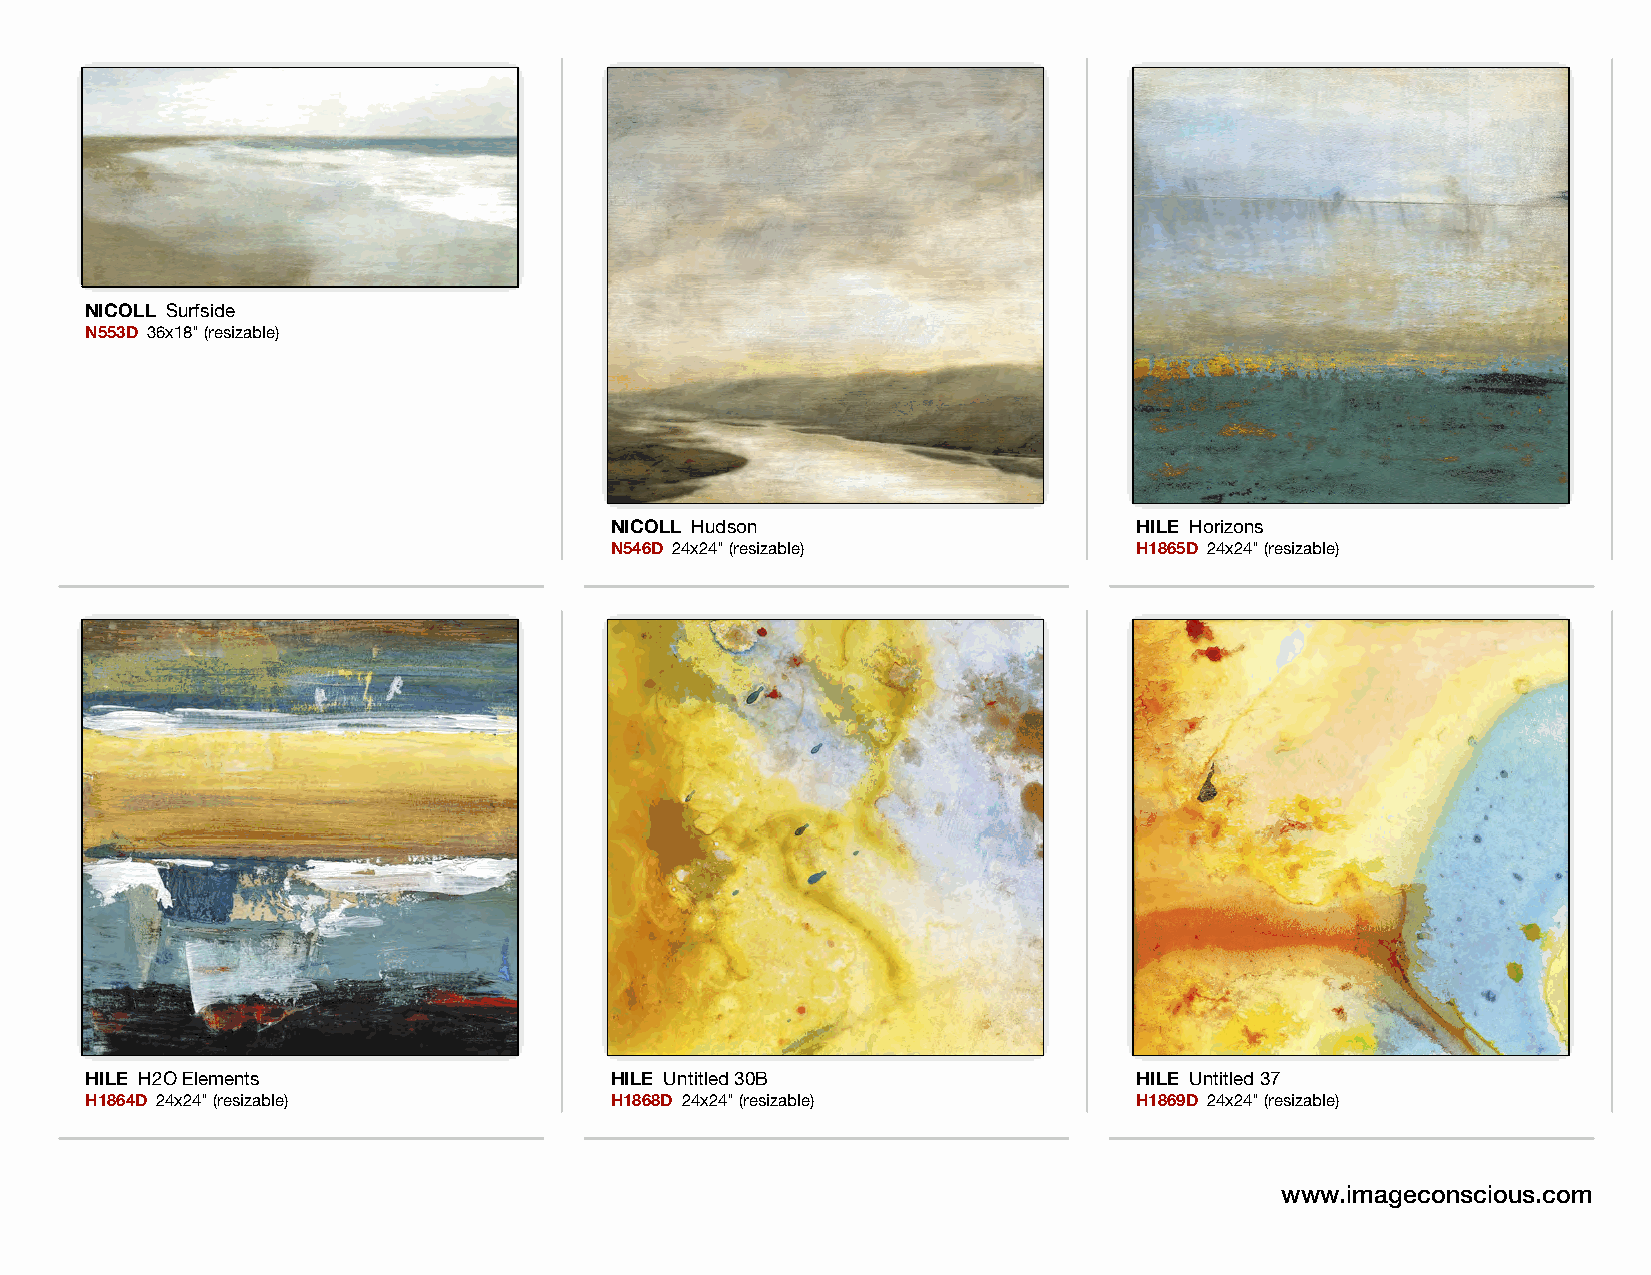
NICOLL Surfside
 N553D 36x18" (resizable)
 NICOLL Hudson                      HILE Horizons
 N546D 24x24" (resizable)           H1865D 24x24" (resizable)
 HILE H2O Elements                 HILE Untitled 30B                  HILE Untitled 37
 H1864D 24x24" (resizable)         H1868D 24x24" (resizable)          H1869D 24x24" (resizable)
 www.imageconscious.com